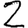
Digit: 2